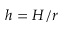
h = H / r